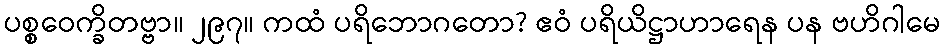
ပစ္စဝေက္ခိတဗ္ဗာ။ ၂၉၇။ ကထံ ပရိဘောဂတော? ဧဝံ ပရိယိဋ္ဌာဟာရေန ပန ဗဟိဂါမေ